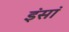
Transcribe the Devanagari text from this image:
इंसां